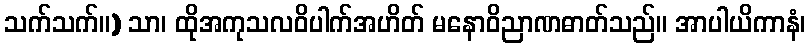
သက်သက်။) သာ၊ ထိုအကုသလဝိပါက်အဟိတ် မနောဝိညာဏဓာတ်သည်။ အာပါယိကာနံ၊